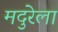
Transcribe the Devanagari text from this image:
मदुरेला